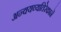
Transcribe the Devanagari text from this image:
अन्वयव्यतिरेकानें